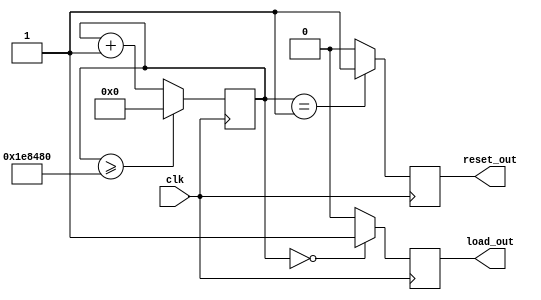
//
// Copyright (c) 2015 Thomas R. Murphy and Case Western Reserve University
// All Rights Reserved
//
// Developed by Thomas Russell Murphy (trm70) during employment as teaching
// assistant of EECS 301 at CWRU.
//
// THIS SOFTWARE IS PROVIDED BY THE COPYRIGHT HOLDERS AND CONTRIBUTORS ``AS IS''
// AND ANY EXPRESS OR IMPLIED WARRANTIES, INCLUDING, BUT NOT LIMITED TO, THE
// IMPLIED WARRANTIES OF MERCHANTABILITY AND FITNESS FOR A PARTICULAR PURPOSE ARE
// DISCLAIMED. IN NO EVENT SHALL THE COPYRIGHT HOLDER OR CONTRIBUTORS BE LIABLE FOR
// ANY DIRECT, INDIRECT, INCIDENTAL, SPECIAL, EXEMPLARY, OR CONSEQUENTIAL DAMAGES
// (INCLUDING, BUT NOT LIMITED TO, PROCUREMENT OF SUBSTITUTE GOODS OR SERVICES;
// LOSS OF USE, DATA, OR PROFITS; OR BUSINESS INTERRUPTION) HOWEVER CAUSED AND ON
// ANY THEORY OF LIABILITY, WHETHER IN CONTRACT, STRICT LIABILITY, OR TORT
// (INCLUDING NEGLIGENCE OR OTHERWISE) ARISING IN ANY WAY OUT OF THE USE OF THIS
// SOFTWARE, EVEN IF ADVISED OF THE POSSIBILITY OF SUCH DAMAGE.
//

module reset_load_timer
       (
           input clk,
           output reg reset_out, load_out
       );
parameter MAX_COUNT = 22'd2_000_000;
reg [ 21: 0 ] count;

always @( posedge clk ) begin
    // Run the counter up to MAX_COUNT for division
    if ( count >= MAX_COUNT ) begin
        count <= 1'b0;
    end
    else begin
        count <= count + 1'b1;
    end

    // At count 0, send load signal
    if ( count == 1'b0 ) begin
        load_out <= 1'b1;
    end
    else begin
        load_out <= 1'b0;
    end

    // At count 1, send reset signal
    if ( count == 1'b1 ) begin
        reset_out <= 1'b1;
    end
    else begin
        reset_out <= 1'b0;
    end
end

endmodule